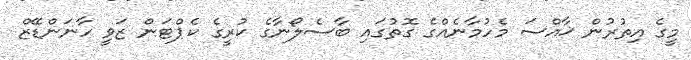
މީގެ އިތުރުން ޚާއްސަ މެހުމާނެއްގެ ގޮތުގައި ބާސެލޯނާގެ ކުރީގެ ކެޕްޓަން ޒަވީ ހާނަންޑޭޒް